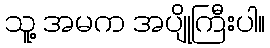
သူ့ အမက အပျိုကြီးပါ။